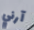
آرني